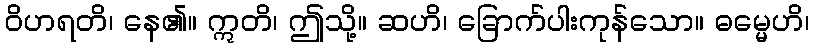
ဝိဟရတိ၊ နေ၏။ ဣတိ၊ ဤသို့။ ဆဟိ၊ ခြောက်ပါးကုန်သော။ ဓမ္မေဟိ၊